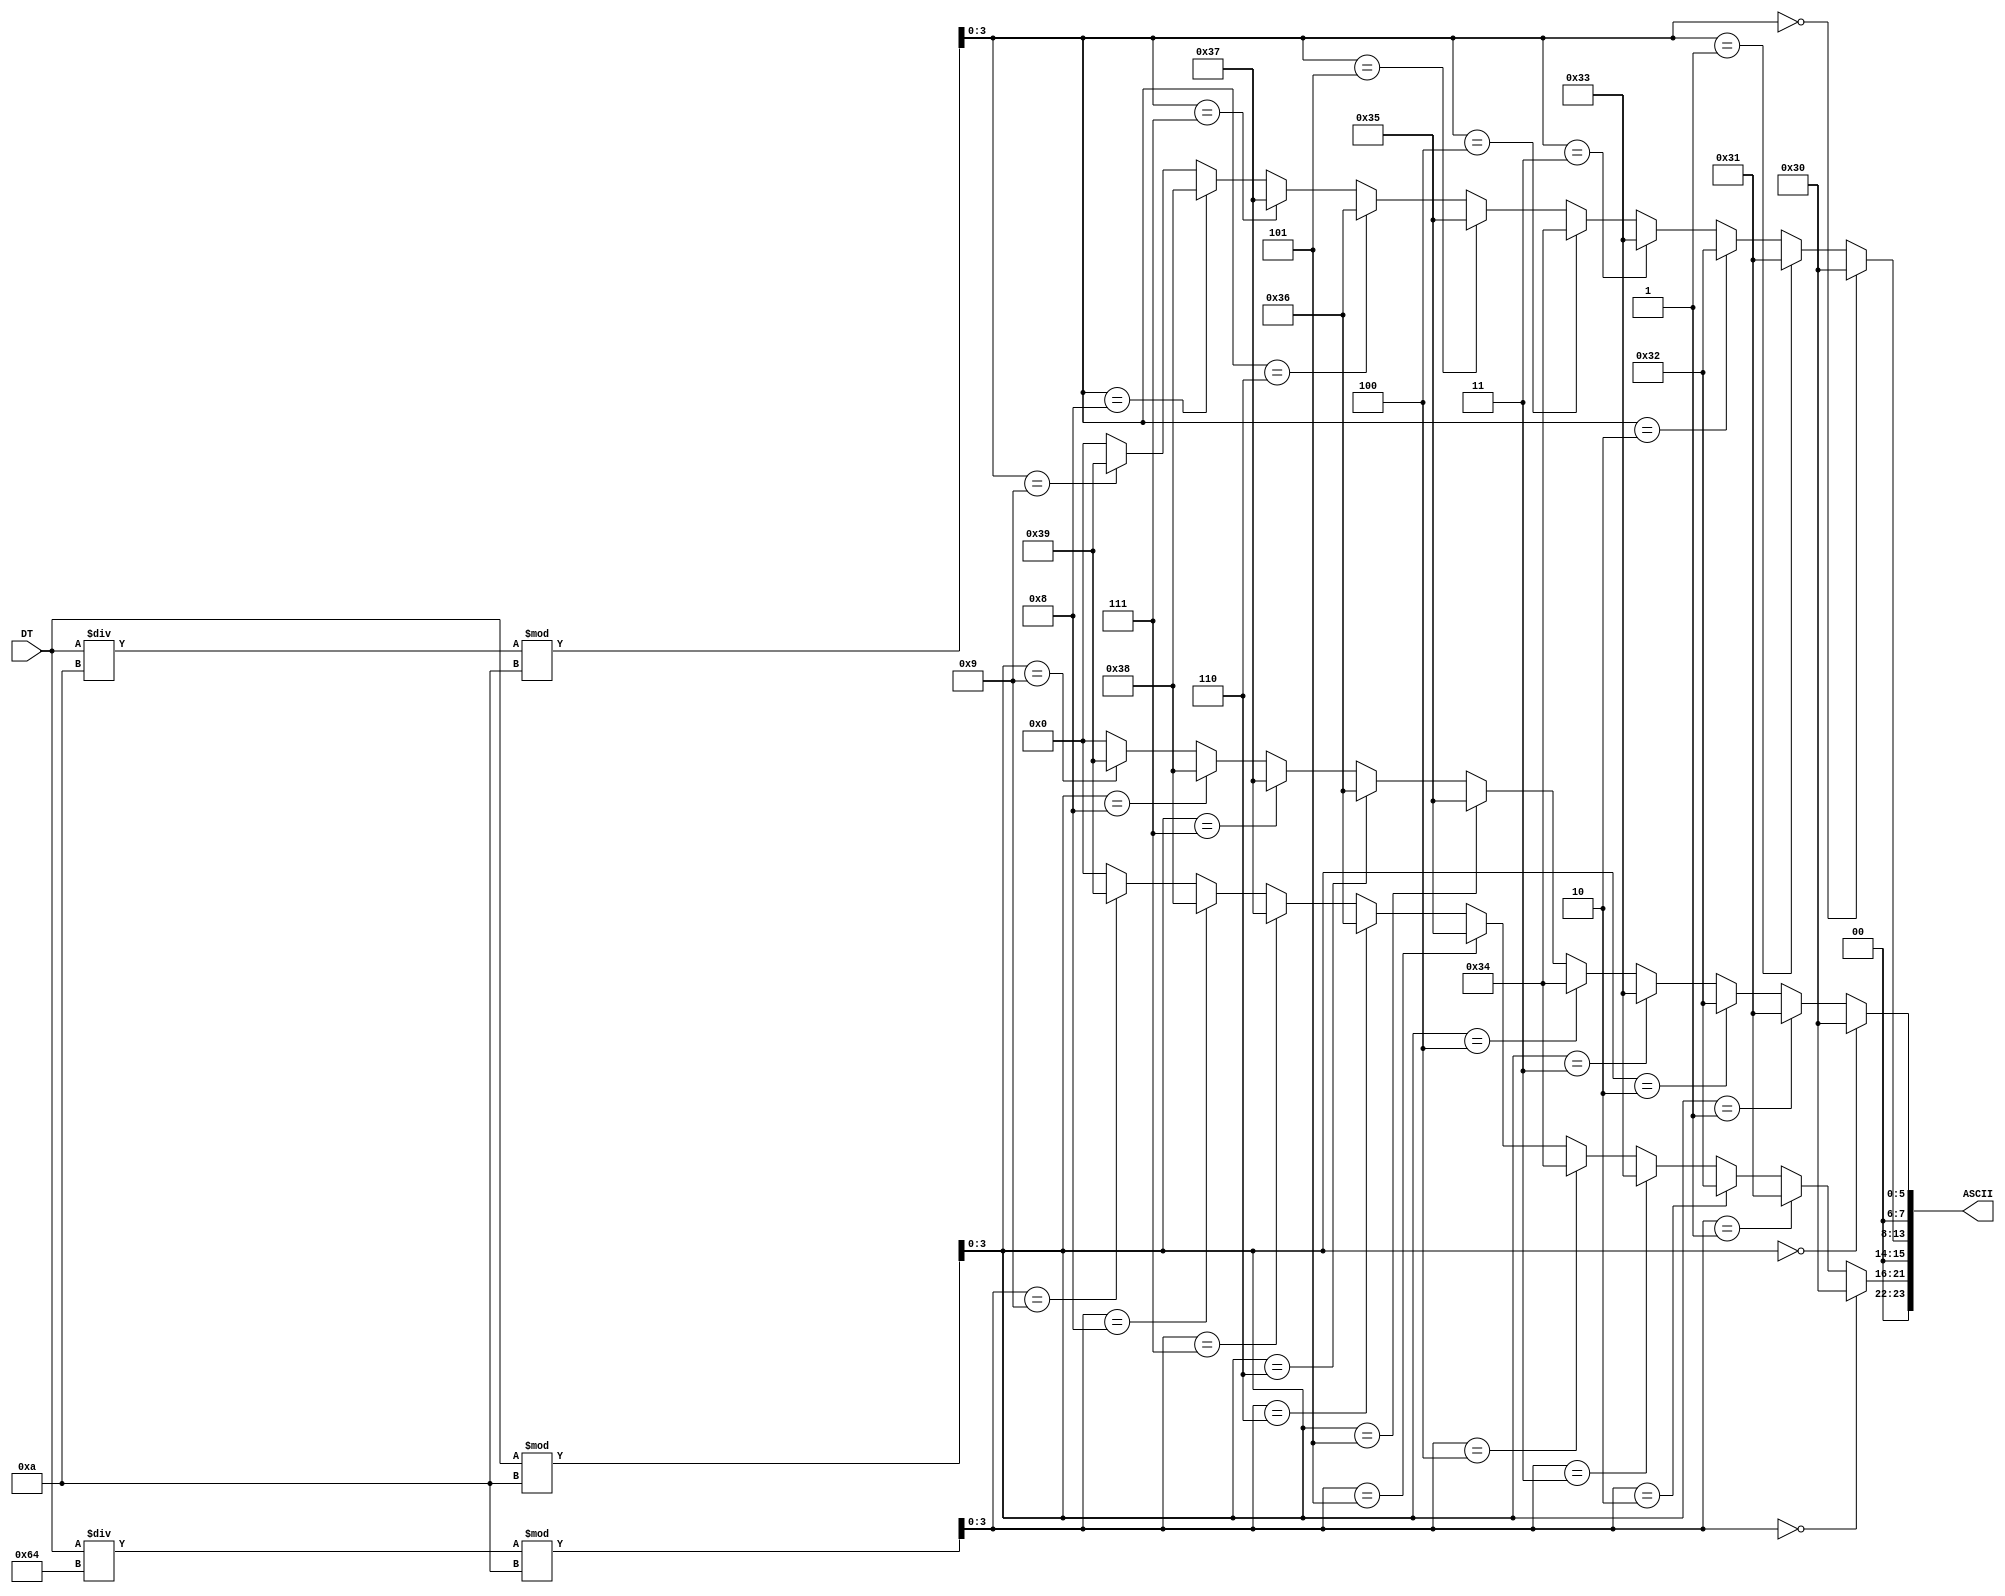
`timescale 1ns / 1ps

module dt_to_ascii(
    input [7:0] DT,
    output [23:0] ASCII
    );
    
    wire [11:0] BCD;
    
    assign BCD[3:0] = DT % 10;
    assign BCD[7:4] = (DT/10) % 10;
    assign BCD[11:8] = (DT/100) % 10;
    
    assign ASCII[7:0] = (BCD[3:0] == 4'b0000) ? 8'h30 :
                        (BCD[3:0] == 4'b0001) ? 8'h31 :
                        (BCD[3:0] == 4'b0010) ? 8'h32 :
                        (BCD[3:0] == 4'b0011) ? 8'h33 :
                        (BCD[3:0] == 4'b0100) ? 8'h34 :
                        (BCD[3:0] == 4'b0101) ? 8'h35 :
                        (BCD[3:0] == 4'b0110) ? 8'h36 :
                        (BCD[3:0] == 4'b0111) ? 8'h37 :
                        (BCD[3:0] == 4'b1000) ? 8'h38 :
                        (BCD[3:0] == 4'b1001) ? 8'h39 : 8'h00;
    assign ASCII[15:8] = (BCD[7:4] == 4'b0000) ? 8'h30 :
                         (BCD[7:4] == 4'b0001) ? 8'h31 :
                         (BCD[7:4] == 4'b0010) ? 8'h32 :
                         (BCD[7:4] == 4'b0011) ? 8'h33 :
                         (BCD[7:4] == 4'b0100) ? 8'h34 :
                         (BCD[7:4] == 4'b0101) ? 8'h35 :
                         (BCD[7:4] == 4'b0110) ? 8'h36 :
                         (BCD[7:4] == 4'b0111) ? 8'h37 :
                         (BCD[7:4] == 4'b1000) ? 8'h38 :
                         (BCD[7:4] == 4'b1001) ? 8'h39 : 8'h00;
    assign ASCII[23:16] = (BCD[11:8] == 4'b0000) ? 8'h30 :
                          (BCD[11:8] == 4'b0001) ? 8'h31 :
                          (BCD[11:8] == 4'b0010) ? 8'h32 :
                          (BCD[11:8] == 4'b0011) ? 8'h33 :
                          (BCD[11:8] == 4'b0100) ? 8'h34 :
                          (BCD[11:8] == 4'b0101) ? 8'h35 :
                          (BCD[11:8] == 4'b0110) ? 8'h36 :
                          (BCD[11:8] == 4'b0111) ? 8'h37 :
                          (BCD[11:8] == 4'b1000) ? 8'h38 :
                          (BCD[11:8] == 4'b1001) ? 8'h39 : 8'h00;
endmodule